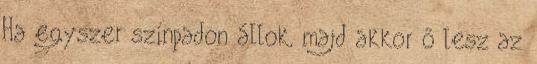
Ha egyszer színpadon állok, majd akkor ő lesz az